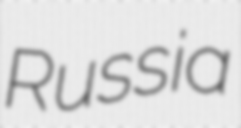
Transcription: Russia